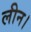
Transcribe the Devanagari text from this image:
लीन।